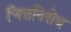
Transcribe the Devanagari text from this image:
चित्तनिरोध